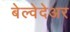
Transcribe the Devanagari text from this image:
बेल्वेदेअर